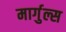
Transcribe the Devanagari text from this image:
मार्गुल्स